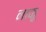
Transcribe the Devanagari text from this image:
नाकू